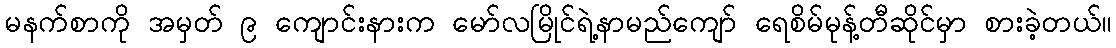
မနက်စာကို အမှတ် ၉ ကျောင်းနားက မော်လမြိုင်ရဲ့နာမည်ကျော် ရေစိမ်မုန့်တီဆိုင်မှာ စားခဲ့တယ်။